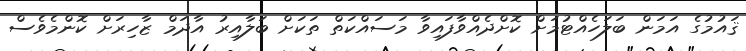
ޤައުމުގެ އަމަން ބަލަހެއްޓުމަށް ކޮށްދެއްވާފައިވާ މަސައްކަތް ތަކަށް ބަލާއިރު އާދަމް ޒާހިރަށް ކޮންމެވެސް